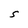
Character: S